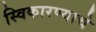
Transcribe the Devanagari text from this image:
स्विकारण्याचे